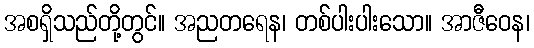
အစရှိသည်တို့တွင်။ အညတရေန၊ တစ်ပါးပါးသော။ အာဇီဝေန၊